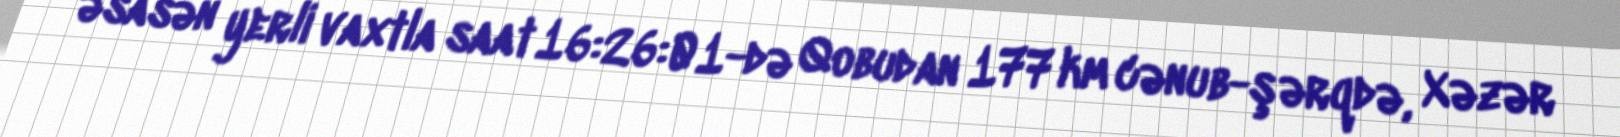
əsasən yerli vaxtla saat 16:26:01-də Qobudan 177 km cənub-şərqdə, Xəzər